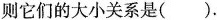
则它们的大小关系是( ).